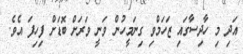
އަދި މި ހާދިސާގައި ޒަހަމްވި ގިނަމީހުން ވަނީ ވަރަށް ބޮޑަށް ފިހިފަ އެވެ.